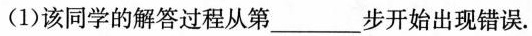
(1) 该同学的解答过程从第___步开始出现错误.